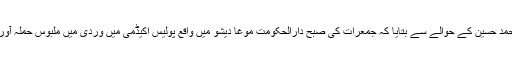
صومالیہ کی پولیس کے ترجمان میجر محمد حسین کے حوالے سے بتایا کہ جمعرات کی صبح دارالحکومت موغا دیشو میں واقع پولیس اکیڈمی میں وردی میں ملبوس حملہ آور نے خود کو دھماکا خیز مواد سے اڑادیا۔